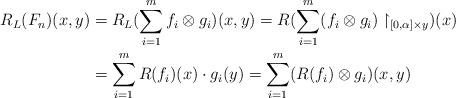
LaTeX: \begin{align*}R_L(F_n)(x,y)&=R_L(\sum_{i=1}^{m}f_i\otimes g_i)(x,y)=R(\sum_{i=1}^{m}(f_i\otimes g_i)\restriction_{[0,\alpha]\times {y}})(x)\\ &=\sum_{i=1}^{m}R(f_i)(x)\cdot g_i(y)=\sum_{i=1}^{m}(R(f_i)\otimes g_i)(x,y)\end{align*}